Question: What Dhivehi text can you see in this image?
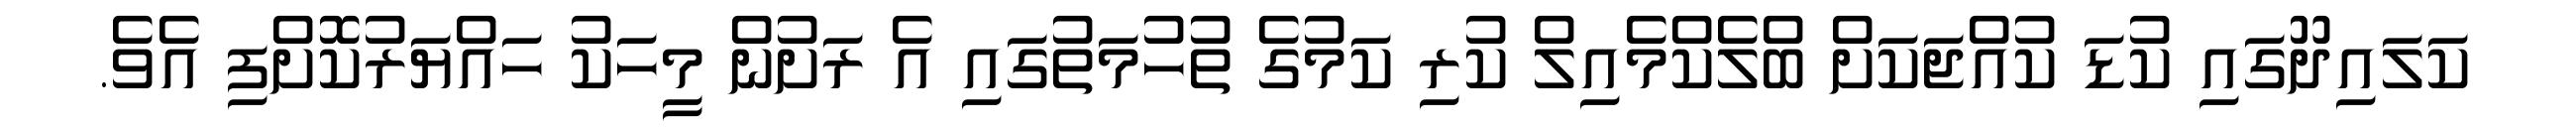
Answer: ކަލައިދޫގައި ކުޑަ ކުއްޖަކަށް ބްލެކްމެއިލް ކުރި ކަމުގެ ތުހުމަތުގައި އެ ރަށުން މީހަކު ހައްޔަރުކޮށްފި އެވެ.